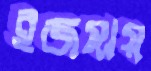
ইজমায়